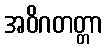
အဝိဂတတ္တာ